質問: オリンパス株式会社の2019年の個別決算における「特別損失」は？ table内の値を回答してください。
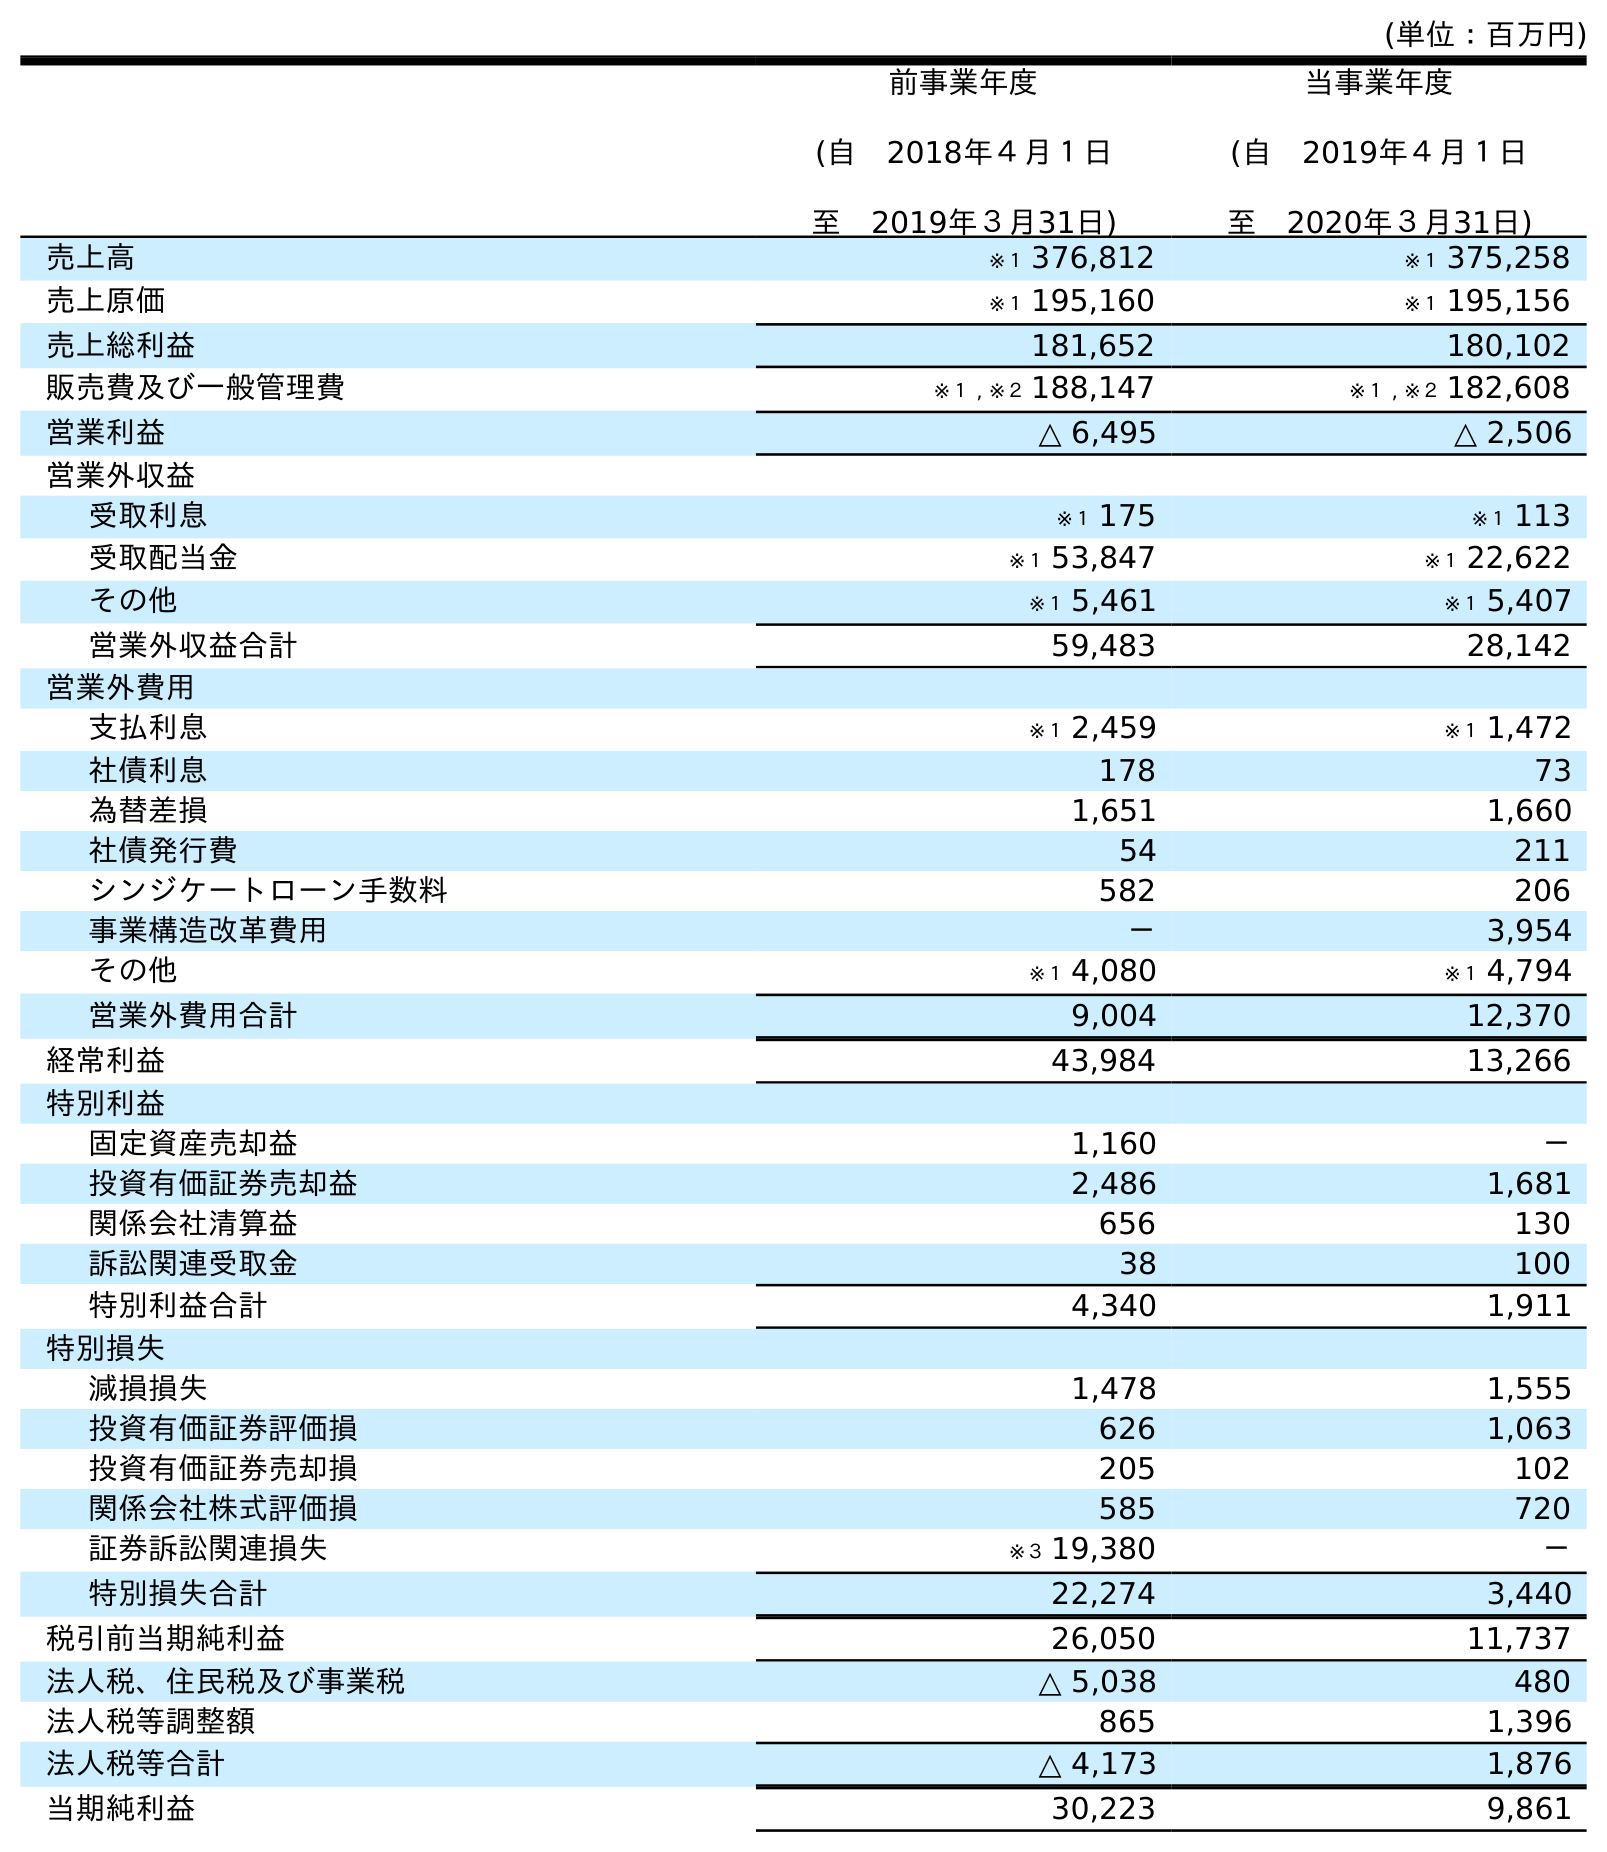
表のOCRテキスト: (単位：百万円) 前事業年度 (自 2018年４月１日 至 2019年３月31日) 当事業年度 (自 2019年４月１日 至 2020年３月31日) 売上高 ※１ 376,812 ※１ 375,258 売上原価 ※１ 195,160 ※１ 195,156 売上総利益 181,652 180,102 販売費及び一般管理費 ※１ , ※２ 188,147 ※１ , ※２ 182,608 営業利益 △ 6,495 △ 2,506 営業外収益 受取利息 ※１ 175 ※１ 113 受取配当金 ※１ 53,847 ※１ 22,622 その他 ※１ 5,461 ※１ 5,407 営業外収益合計 59,483 28,142 営業外費用 支払利息 ※１ 2,459 ※１ 1,472 社債利息 178 73 為替差損 1,651 1,660 社債発行費 54 211 シンジケートローン手数料 582 206 事業構造改革費用 － 3,954 その他 ※１ 4,080 ※１ 4,794 営業外費用合計 9,004 12,370 経常利益 43,984 13,266 特別利益 固定資産売却益 1,160 － 投資有価証券売却益 2,486 1,681 関係会社清算益 656 130 訴訟関連受取金 38 100 特別利益合計 4,340 1,911 特別損失 減損損失 1,478 1,555 投資有価証券評価損 626 1,063 投資有価証券売却損 205 102 関係会社株式評価損 585 720 証券訴訟関連損失 ※３ 19,380 － 特別損失合計 22,274 3,440 税引前当期純利益 26,050 11,737 法人税、住民税及び事業税 △ 5,038 480 法人税等調整額 865 1,396 法人税等合計 △ 4,173 1,876 当期純利益 30,223 9,861
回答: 22,274